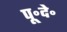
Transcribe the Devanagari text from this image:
पू॰दे॰